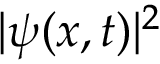
| \psi ( x , t ) | ^ { 2 }